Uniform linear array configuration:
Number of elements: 16
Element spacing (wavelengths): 0.25
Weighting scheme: hann
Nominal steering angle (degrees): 60
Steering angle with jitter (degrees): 60.547
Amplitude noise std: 0.05
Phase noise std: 0.05

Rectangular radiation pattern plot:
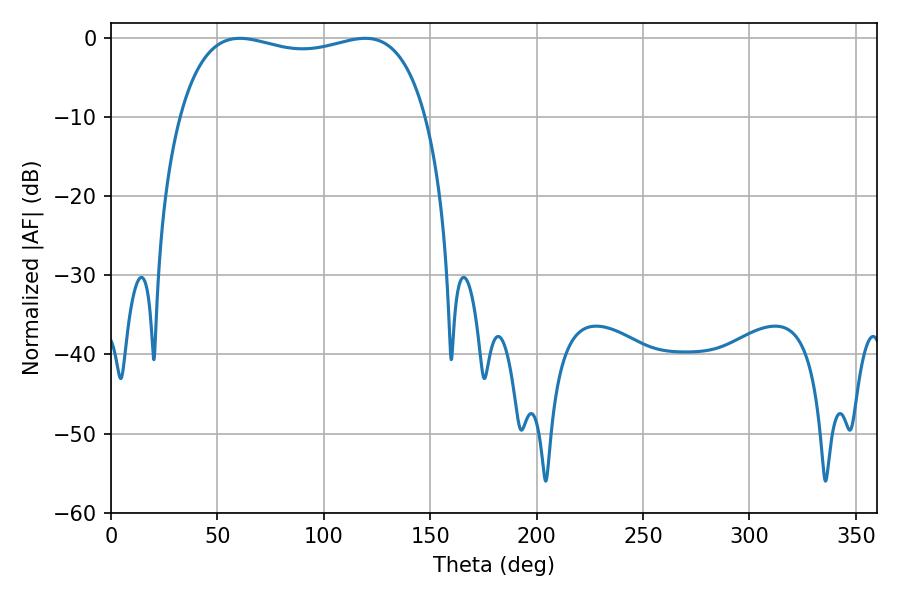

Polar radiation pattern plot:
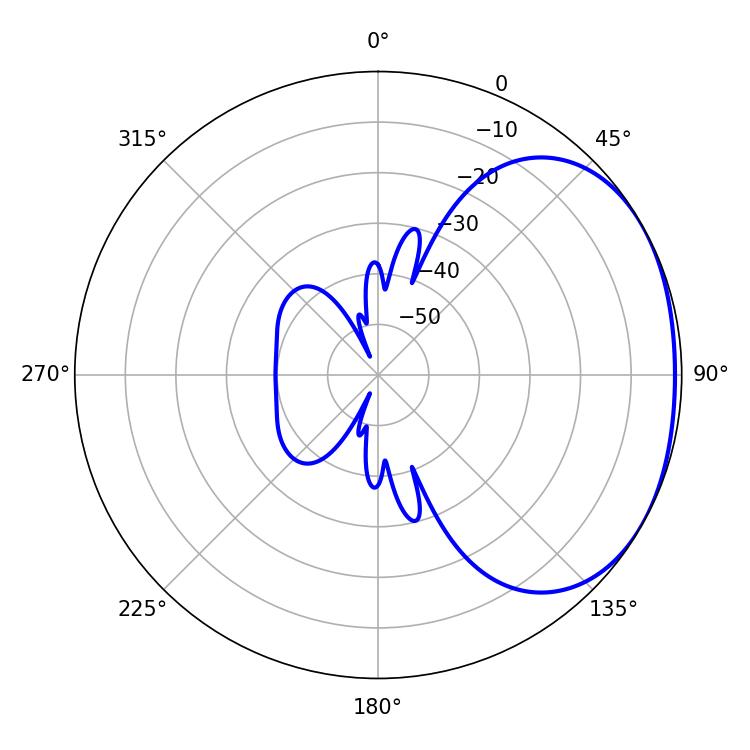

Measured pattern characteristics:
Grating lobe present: FALSE
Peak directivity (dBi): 1.825
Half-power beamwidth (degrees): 94.32
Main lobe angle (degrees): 60.48